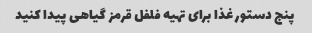
پنج دستور غذا برای تهیه فلفل قرمز گیاهی پیدا کنید